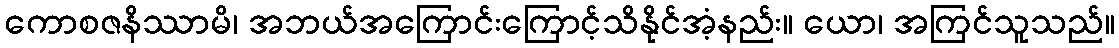
ကောစဇနိဿာမိ၊ အဘယ်အကြောင်းကြောင့်သိနိုင်အံ့နည်း။ ယော၊ အကြင်သူသည်။